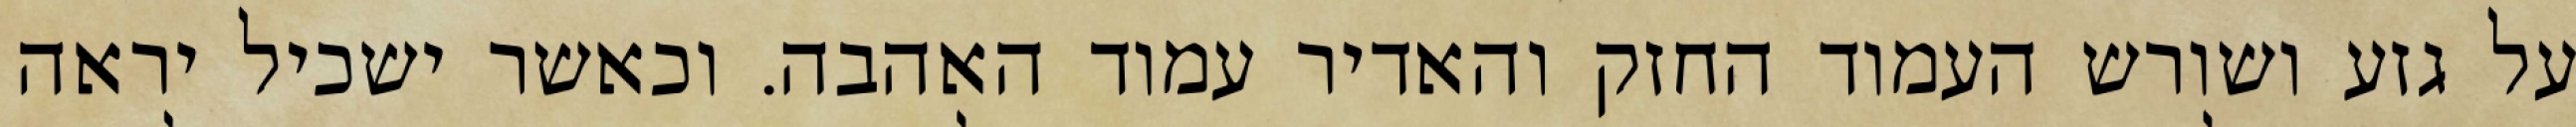
על גזע ושורש העמוד החזק והאדיר עמוד האהבה. וכאשר ישכיל יראה